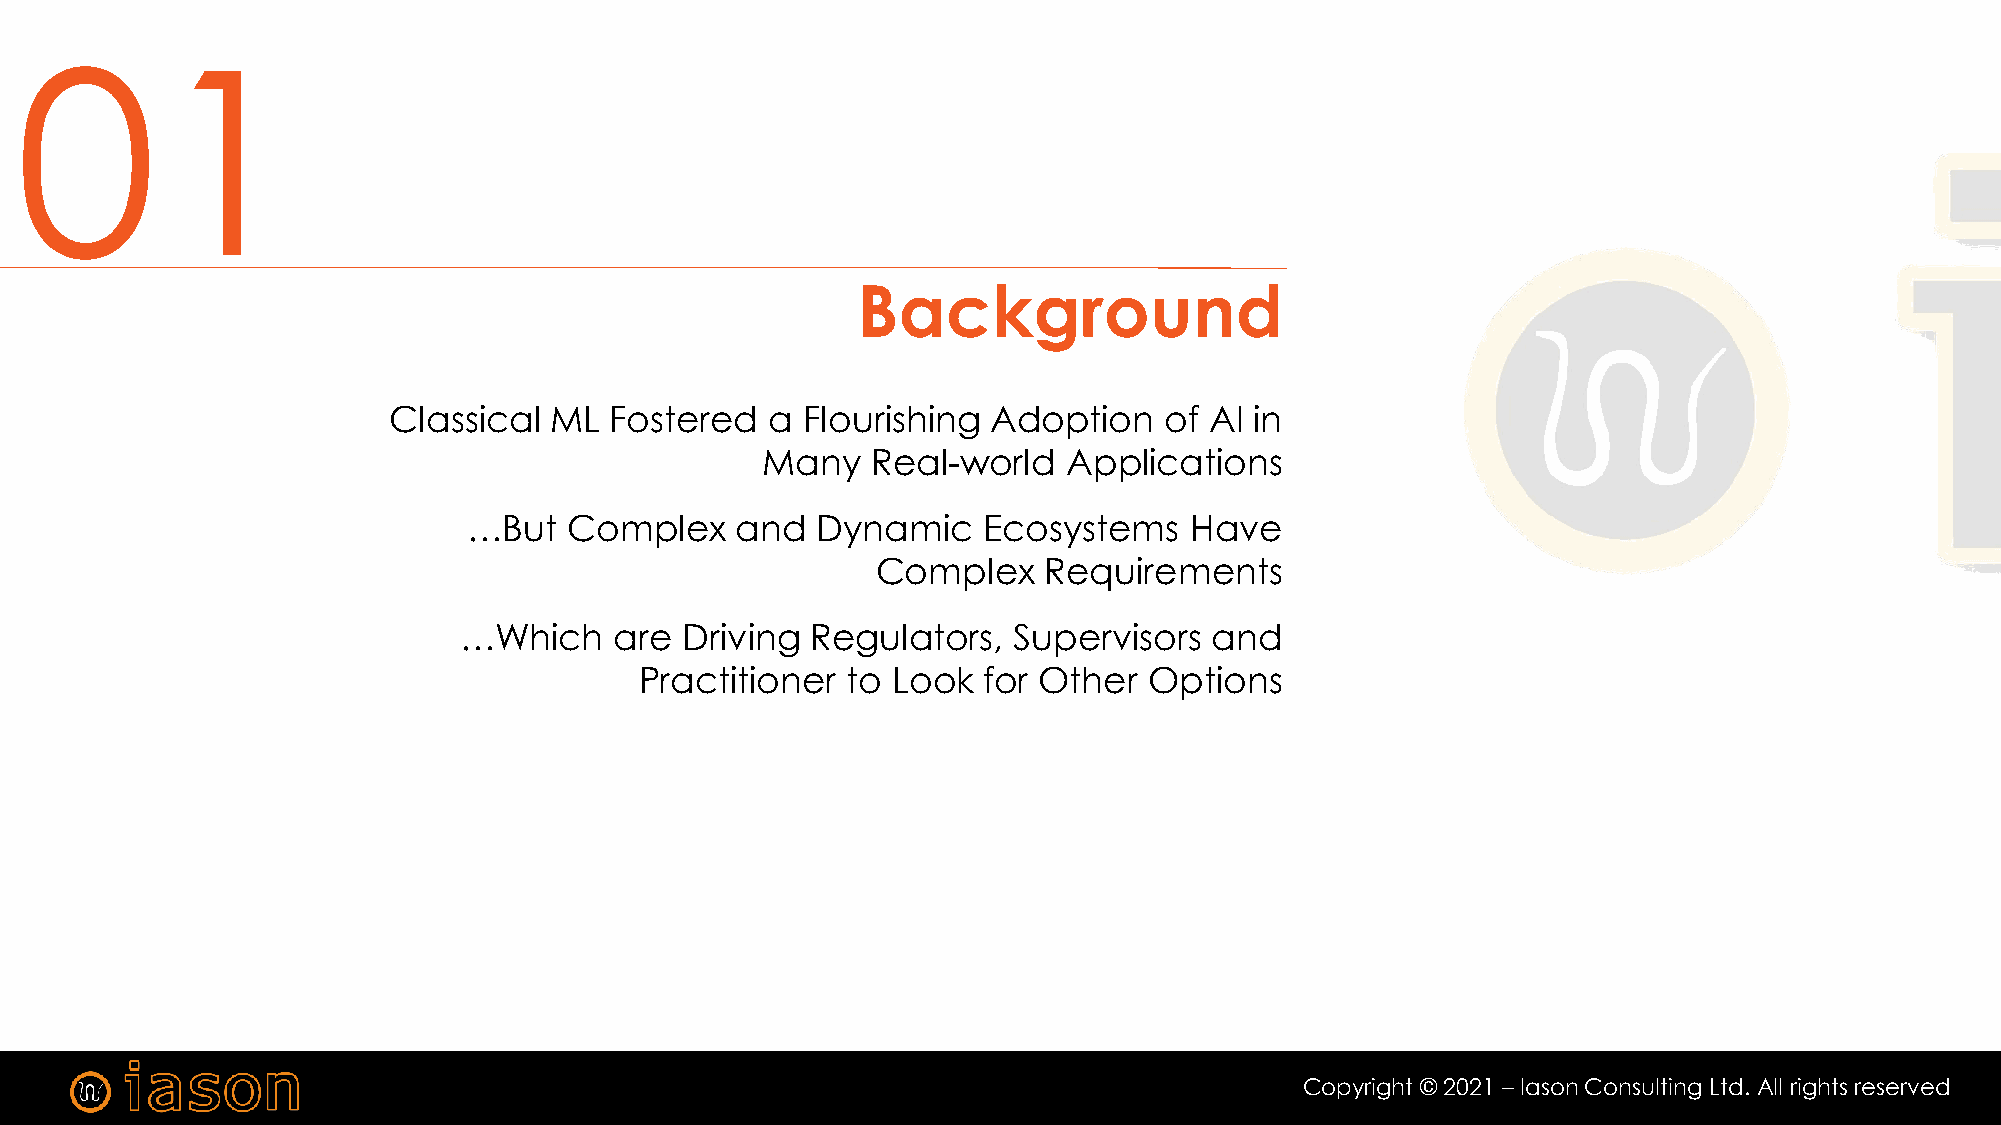
01
 Background
 Classical ML  Fostered   a Flourishing  Adoption   of AI in
 Many    Real-world   Applications
 …But   Complex    and  Dynamic    Ecosystems    Have
 Complex    Requirements
 …Which     are Driving  Regulators,  Supervisors  and
 Practitioner  to Look  for Other  Options
 Copyright © 2021 – Iason Consulting Ltd. All rights reserved